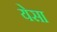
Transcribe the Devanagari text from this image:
येसा